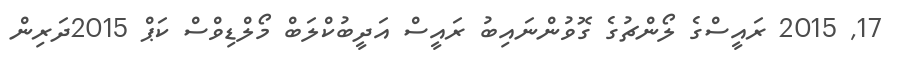
17